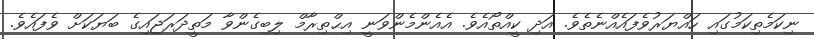
ނިކަމެތިކަމުގައި ހައްޔަރުވެފައެއްނެތެވެ. އަދި ކީއްތޯއެވެ. އެއެންމެންވަނީ އިޙްތިރާމް ލިބިގެންވާ މަތީދަރަޖައިގެ ބަޔަކަށް ވެފައެވެ.